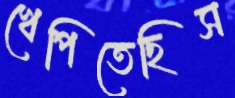
খেপিতেছিস